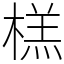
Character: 榚